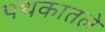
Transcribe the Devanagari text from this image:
पथकातले